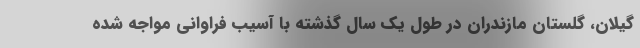
گیلان، گلستان مازندران در طول یک سال گذشته با آسیب فراوانی مواجه شده